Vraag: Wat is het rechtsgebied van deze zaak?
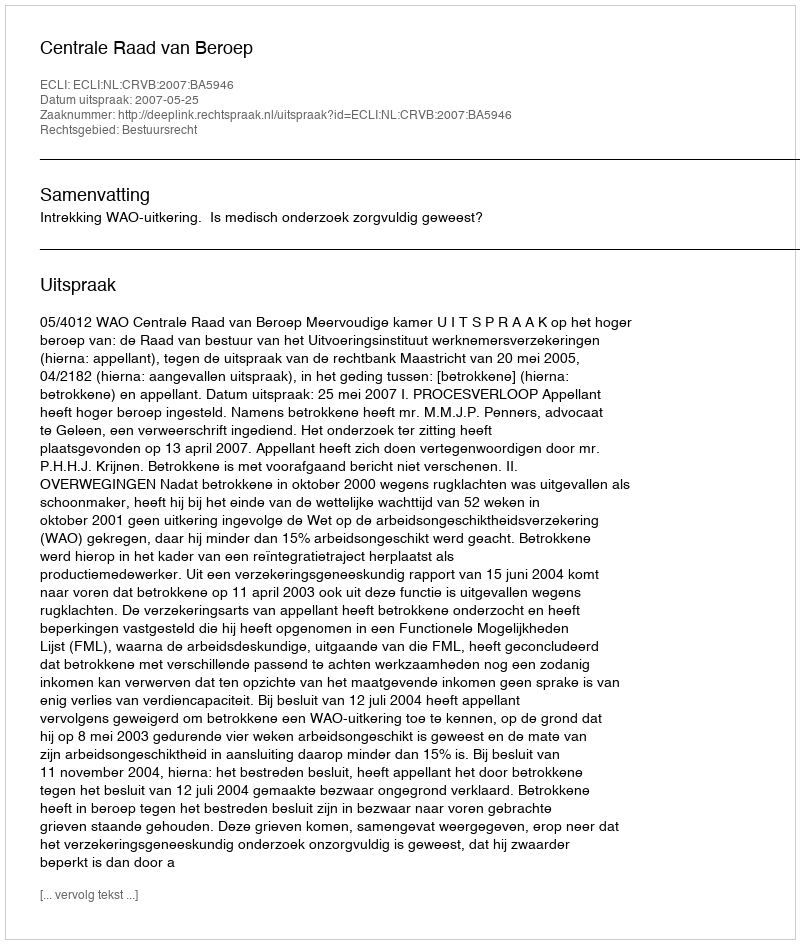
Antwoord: Bestuursrecht